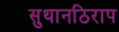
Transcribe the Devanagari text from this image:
सुथानठिराप